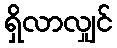
ရှိလာလျှင်